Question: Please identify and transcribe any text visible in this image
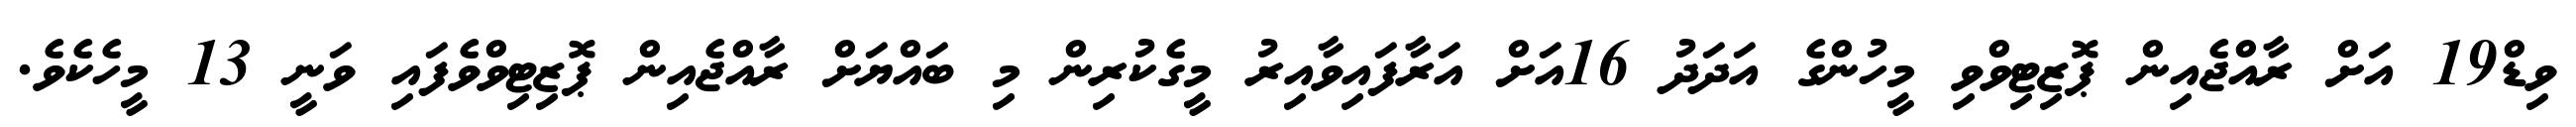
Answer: ވިޑް19 އަށް ރާއްޖެއިން ޕޮޒިޓިވްވި މީހުންގެ އަދަދު 16އަށް އަރާފައިވާއިރު މީގެކުރިން މި ބައްޔަށް ރާއްޖެއިން ޕޮޒިޓިވްވެފައި ވަނީ 13 މީހެކެވެ.